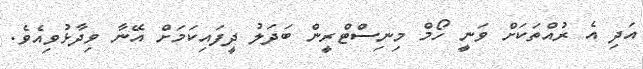
އަދި އެ ރުއްތަކަށް ވަނީ ހޯމް މިނިސްޓްރީން ބަދަލު ދީފައިކަމަށް އޭނާ ވިދާޅުވިއެވެ.